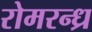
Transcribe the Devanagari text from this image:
रोमरन्ध्र